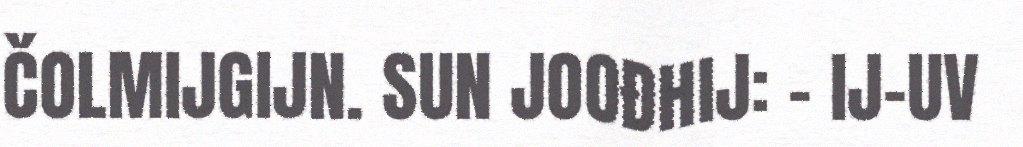
ČOLMIJGIJN. SUN JOOĐHIJ: - IJ-UV